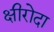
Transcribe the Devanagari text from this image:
क्षीरोदा